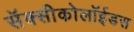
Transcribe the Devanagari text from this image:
सॅक्सीकोलॉईडस